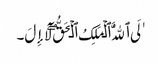
ٰلَی ٱللَّهُ ٱلۡمَلِکُ ٱلۡحَقُّ‌ۖ لَآ إِلَ۔